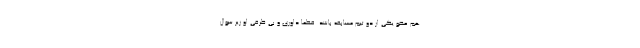
هم عضو یکی از دو تیم مسابقه باشد. قطعا داوری و بی طرفی او زیر سوال